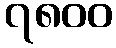
၇၈၀၀